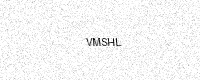
Text: VMSHL